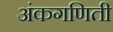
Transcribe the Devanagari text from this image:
अंकगणिती